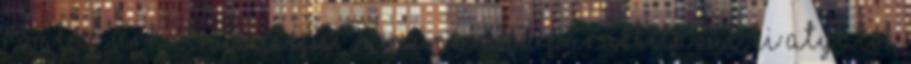
romlás úrhatnám népe. 57. Mánival a Paraklétával, ki Atyátok